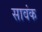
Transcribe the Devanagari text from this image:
सावंक